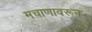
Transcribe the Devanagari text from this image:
मचाणावरून